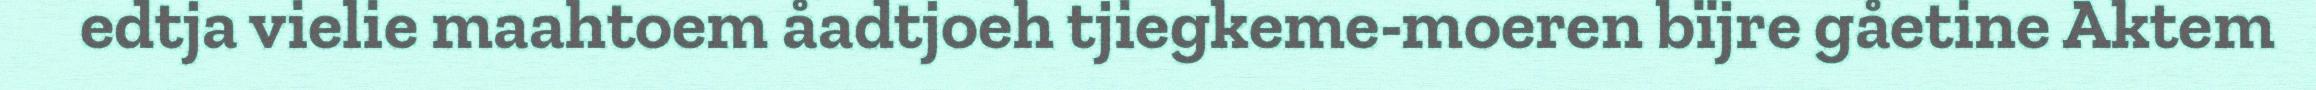
edtja vielie maahtoem åadtjoeh tjiegkeme-moeren bïjre gåetine Aktem